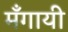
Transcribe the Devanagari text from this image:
मँगायी